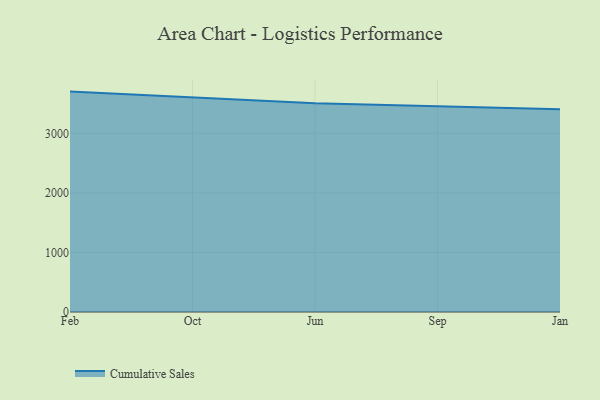
{"axis": {"x": "Month", "y": "Operating Costs (USD K)"}, "legend": ["Cumulative Sales"], "data": [{"x": "Feb", "y": 3701.1, "type": "Cumulative Sales"}, {"x": "Oct", "y": 3602.9, "type": "Cumulative Sales"}, {"x": "Jun", "y": 3504.6, "type": "Cumulative Sales"}, {"x": "Sep", "y": 3455.9, "type": "Cumulative Sales"}, {"x": "Jan", "y": 3404.8, "type": "Cumulative Sales"}]}